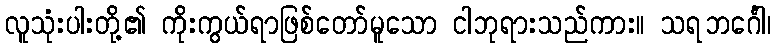
လူသုံးပါးတို့၏ ကိုးကွယ်ရာဖြစ်တော်မူသော ငါဘုရားသည်ကား။ သရဘင်္ဂေါ၊